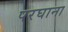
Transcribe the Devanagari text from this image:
परघाना